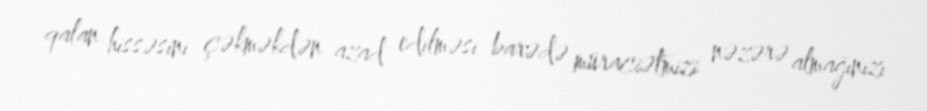
qalan hissəsini çəkməkdən azad edilməsi barədə müraciətmizi nəzərə almağınızı